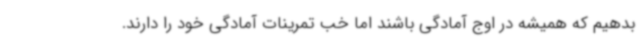
بدهیم که همیشه در اوج آمادگی باشند اما خب تمرینات آمادگی خود را دارند.